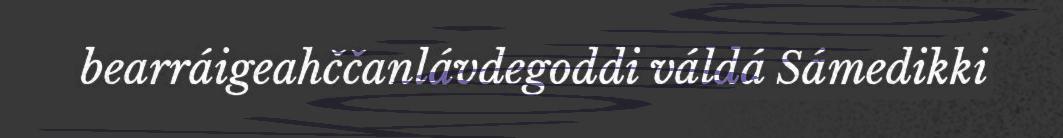
bearráigeahččanlávdegoddi váldá Sámedikki